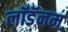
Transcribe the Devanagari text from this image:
लॉडॅनम